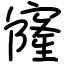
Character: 㝫